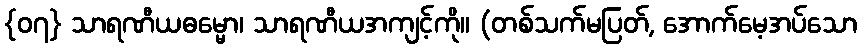
{၀၇} သာရဏီယဓမ္မော၊ သာရဏီယအကျင့်ကို။ (တစ်သက်မပြတ်, အောက်မေ့အပ်သော